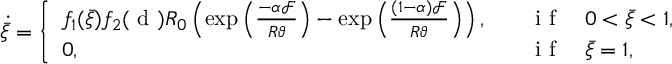
\dot { \bar { \xi } } = \left\{ \begin{array} { l l } { f _ { 1 } ( \bar { \xi } ) f _ { 2 } ( \mathrm { ~ d ~ } ) R _ { 0 } \left( \exp \left( \frac { - \alpha \mathcal { F } } { R \vartheta } \right) - \exp \left( \frac { ( 1 - \alpha ) \mathcal { F } } { R \vartheta } \right) \right) , } & { \quad \mathrm { ~ i ~ f ~ } \quad 0 < \bar { \xi } < 1 , } \\ { 0 , } & { \quad \mathrm { ~ i ~ f ~ } \quad \bar { \xi } = 1 , } \end{array} \right.